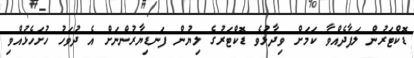
ޑޮކްޓަރުން ލަފާދެއްވާ ކަމަށް ވިދާޅުވެ ޑޮކްޓަރުގެ ލިޔުން ފަނޑިޔާރުންނަށް އެ ދުވަހު ހުށަހެޅުއްވި